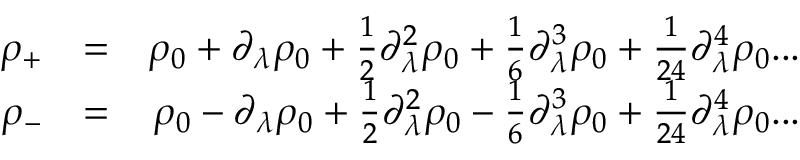
\begin{array} { r l r } { \rho _ { + } } & { = } & { \rho _ { 0 } + \partial _ { \lambda } \rho _ { 0 } + \frac { 1 } { 2 } \partial _ { \lambda } ^ { 2 } \rho _ { 0 } + \frac { 1 } { 6 } \partial _ { \lambda } ^ { 3 } \rho _ { 0 } + \frac { 1 } { 2 4 } \partial _ { \lambda } ^ { 4 } \rho _ { 0 } . . . } \\ { \rho _ { - } } & { = } & { \rho _ { 0 } - \partial _ { \lambda } \rho _ { 0 } + \frac { 1 } { 2 } \partial _ { \lambda } ^ { 2 } \rho _ { 0 } - \frac { 1 } { 6 } \partial _ { \lambda } ^ { 3 } \rho _ { 0 } + \frac { 1 } { 2 4 } \partial _ { \lambda } ^ { 4 } \rho _ { 0 } . . . } \end{array}